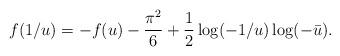
LaTeX: \begin{align*}f(1/u) = -f(u) -\frac{\pi^2}{6} + \frac{1}{2} \log(-1/u) \log(-\bar u).\end{align*}